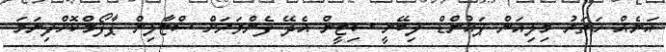
އަނެއް ހަތަރު މިލިއަން ޕައުންޑް ލިބޭނީ ސިޓީން އެދޭ ފެންވަރަށް ސްޓާލިން ޕާފޯމްކޮށްފިނަމަ